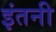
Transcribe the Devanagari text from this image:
इंतनी